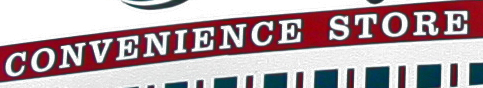
CONVENIENCE STORE